Vabadussoja_Ajaloo_Komitee, lk 19
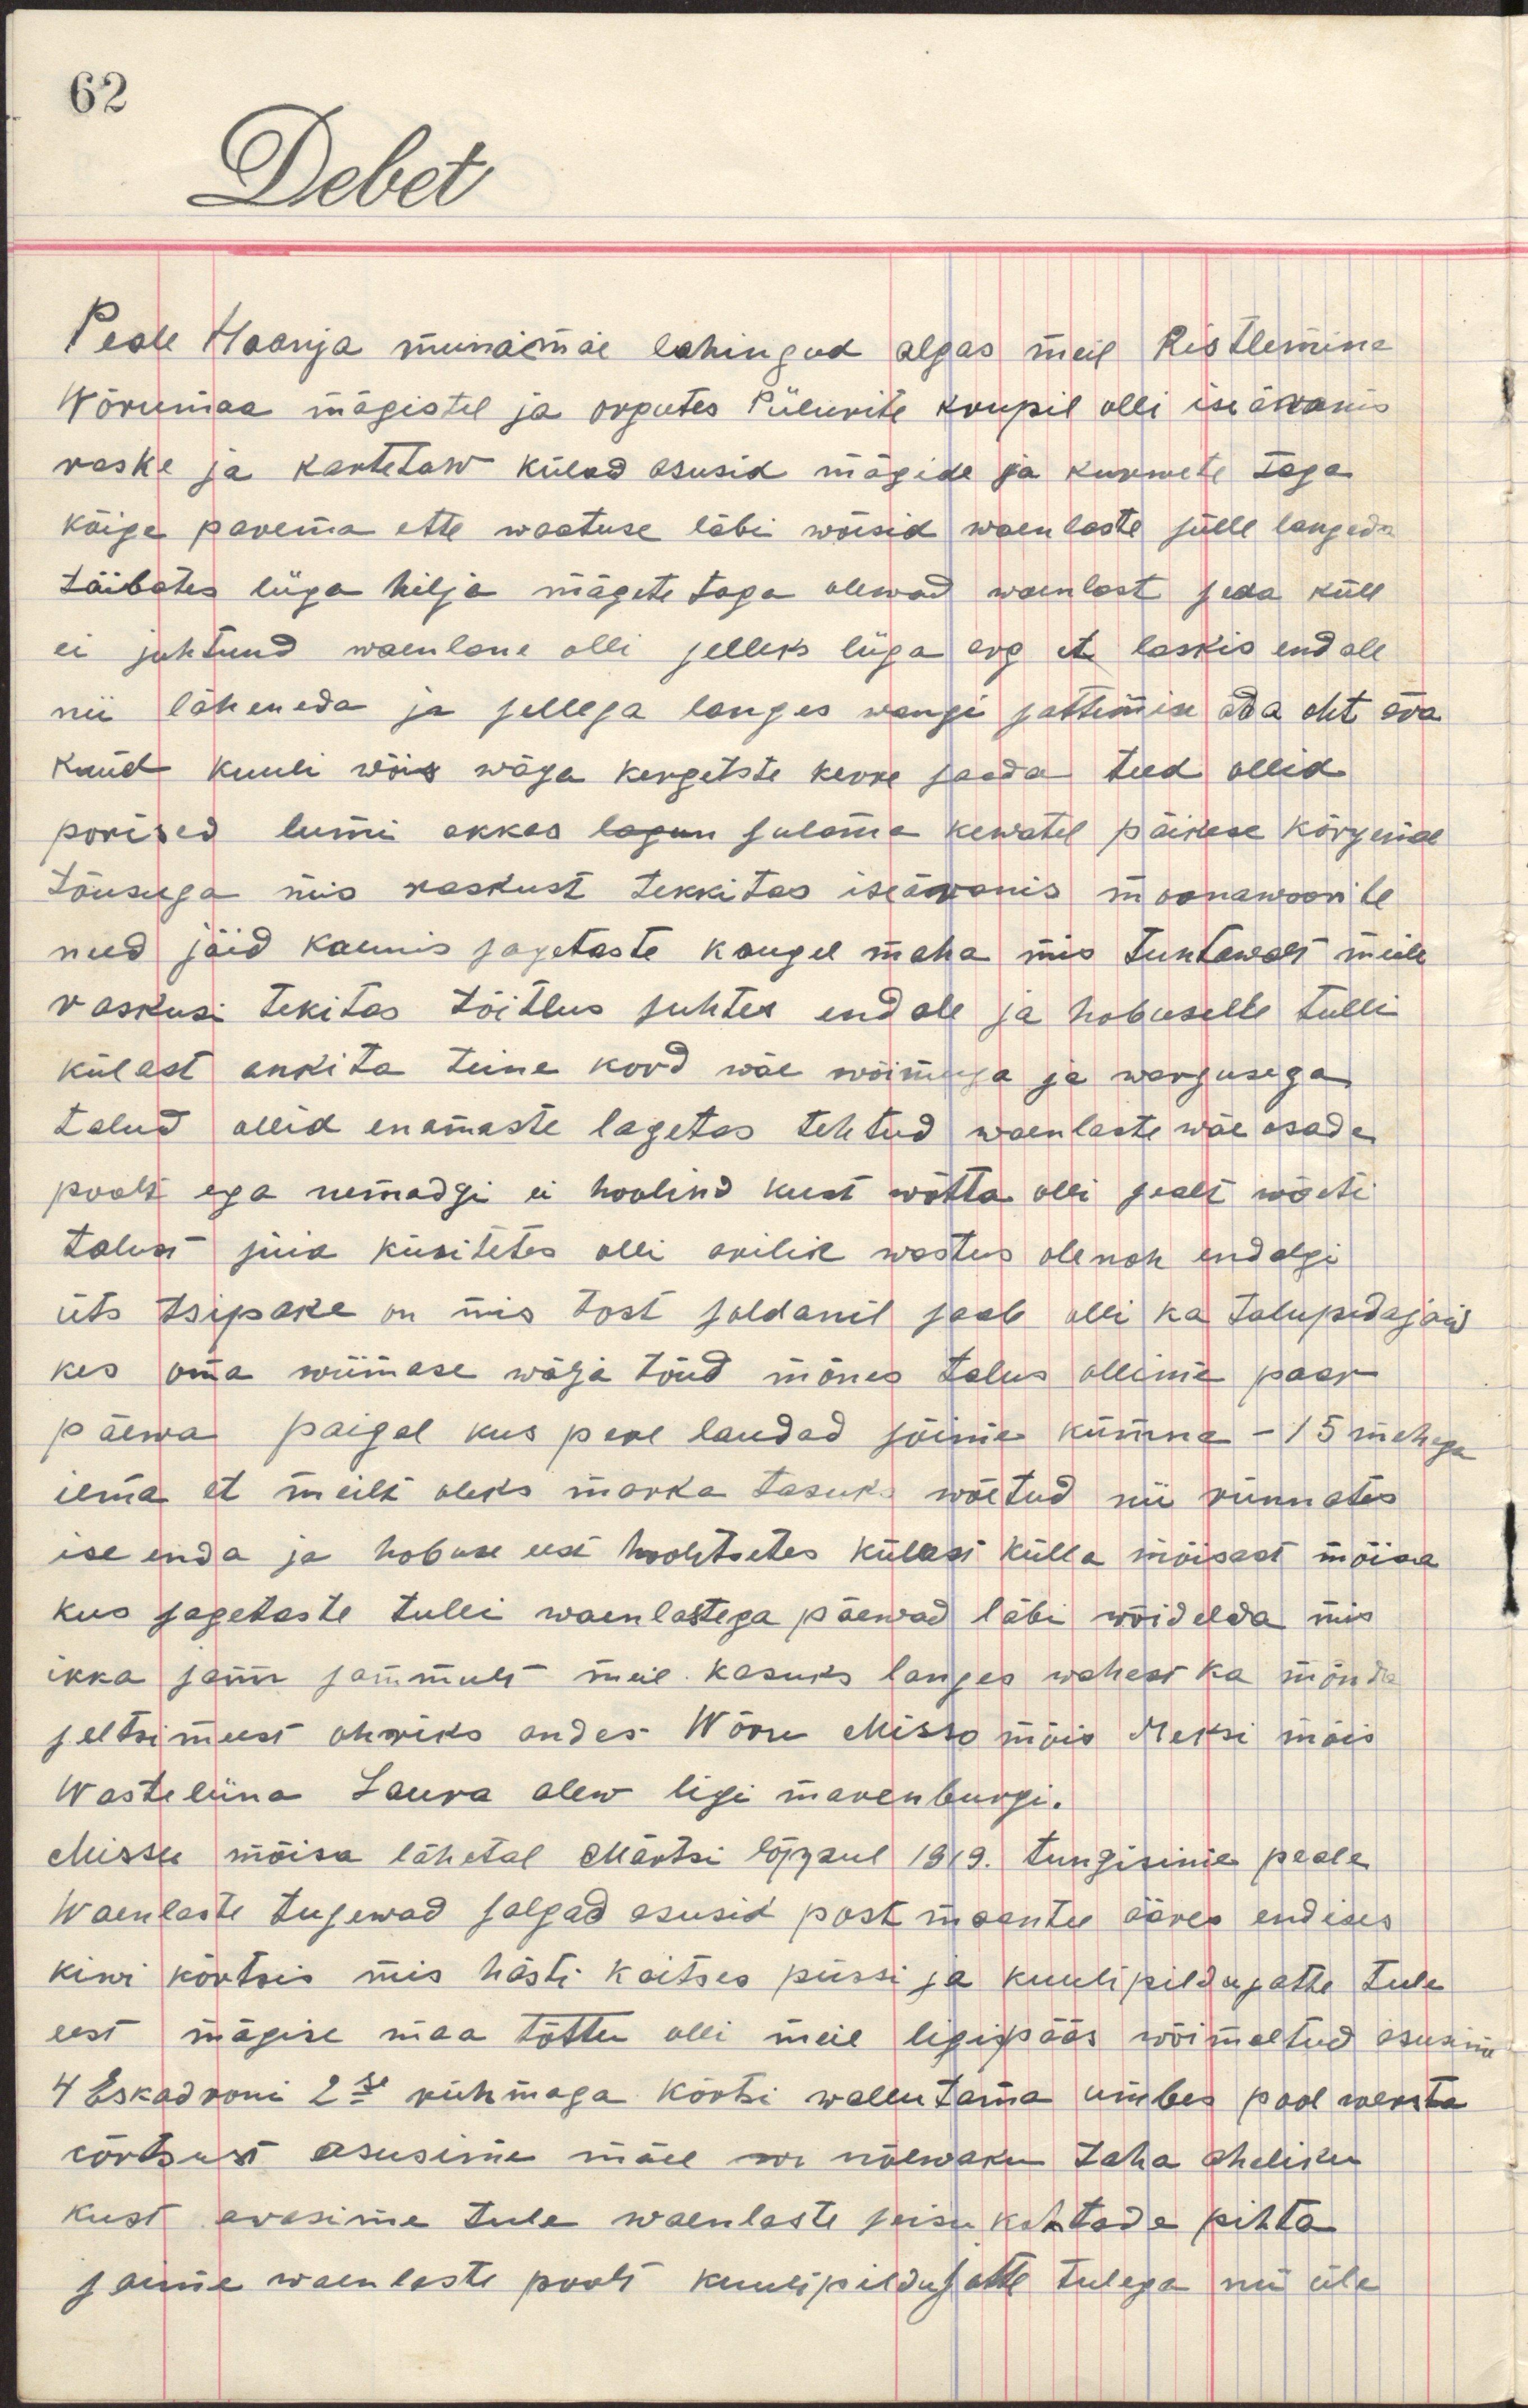
Peale Haanja munamäe lahingut algas meil Ristlemine
Wõrumaa mägistel ja orputes piilurite krupil olli ise äranis
raske ja kartetaw külad asusid mägide ja kummete taga
kõige parema ette waatuse läbi wõisid waenlaste jälle langeda
taibates liiga hilja mägete taga olewad waenlast seda küll
ei juhtund waenlane olli selleks liiga arg et laskis end all
nii läheneda ja sellega langes wangi sattumise ada oht ära
kuid kuuli wõis wäga kergetste kerre saada teed ollid
porised lumi akkas lagun sulama kewatel päikese kõrgema
tõusuga mis raskust tekkitas iseäranis moonawoorile
need jäid kaunis sagedaste kaugel maha mis tuntawalt meile
raskusi tekitas toitlus suhtes endale ja hobuselte tulli
külast ankita teine kord wäe wõimuga ja wargusega
talud ollid enamaste lagetas tehtud waenlaste wäe osade
poolt ega nemadgi ei hoolind kust wõtta olli sealt wõeti
talust süia küsitetes olli arilik wastus ole noh endalgi
üts tsipake on mis tost soldanil saab olli ka talupidajad
kes oma wiimase wäha tõid mõnes talus ollime paar
päewa paigal kus pere laudad sõime kümme - 15 mehega
ilma et meilt oleks marka tasuks wõetud nii rünnates
ise enda ha hobuse eest hoolitsetes külast külla mõisast mõisa
kus sagetaste tulli waenlastega päewad läbi wõidelda mis
ikka samm sammult meil kasuks langes wahest ka mõnda
seltsimeest ohwriks andes Wõru Misso mõis Meksi mõis
Wasteliina Laura alew ligi marenburgi.
Missu mõisa lähetal Märtsi lõppul 1919. tungisime peale
waenlaste tugewad salgad asusid postmaantee ääres endises
kiwi kõrtsis mis hästi kaitses püssi ja kuulipildujatte tule
eest mägise maa tõttu olli meil ligipäs wõimetud asusime
4 Eskadroni 2se rühmaga kõrtsi wallutama umbes pool wersta
kõrtsust asusime mäele w nõlwaku taha aheliku
kust awasime tule waenlaste seisukohtade pihta
saime waenlaste poolt kuulipildujate tulega nii üle